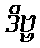
ဒိဗ္ဗ